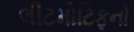
લીટમોટિફનો